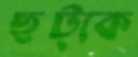
ছট্‌কে